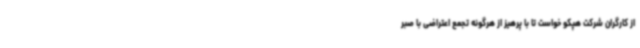
از کارگران شرکت هپکو خواست تا با پرهیز از هرگونه تجمع اعتراضی با صبر